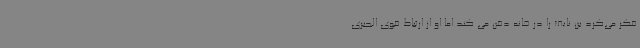
فکر می‌کرد بن نایف را در خانه دفن می کند اما او از ارتباط قوی الجبری